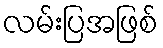
လမ်းပြအဖြစ်